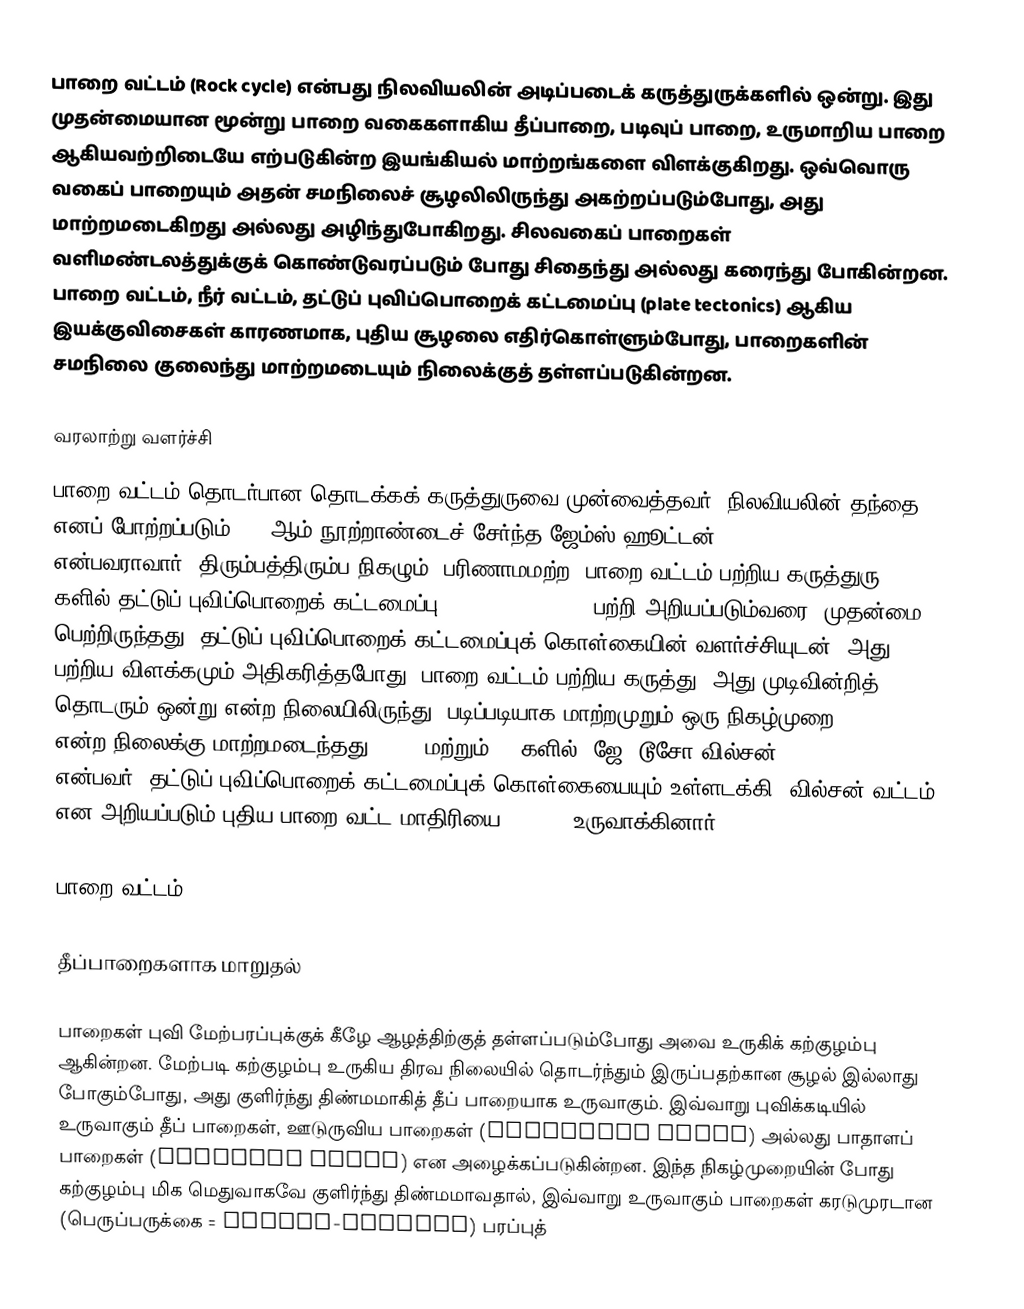
பாறை வட்டம் (Rock cycle) என்பது நிலவியலின் அடிப்படைக் கருத்துருக்களில் ஒன்று. இது முதன்மையான மூன்று பாறை வகைகளாகிய தீப்பாறை, படிவுப் பாறை, உருமாறிய பாறை ஆகியவற்றிடையே எற்படுகின்ற இயங்கியல் மாற்றங்களை விளக்குகிறது. ஒவ்வொரு வகைப் பாறையும் அதன் சமநிலைச் சூழலிலிருந்து அகற்றப்படும்போது, அது மாற்றமடைகிறது அல்லது அழிந்துபோகிறது. சிலவகைப் பாறைகள் வளிமண்டலத்துக்குக் கொண்டுவரப்படும் போது சிதைந்து அல்லது கரைந்து போகின்றன. பாறை வட்டம், நீர் வட்டம், தட்டுப் புவிப்பொறைக் கட்டமைப்பு (plate tectonics) ஆகிய இயக்குவிசைகள் காரணமாக, புதிய சூழலை எதிர்கொள்ளும்போது, பாறைகளின் சமநிலை குலைந்து மாற்றமடையும் நிலைக்குத் தள்ளப்படுகின்றன.

வரலாற்று வளர்ச்சி
பாறை வட்டம் தொடர்பான தொடக்கக் கருத்துருவை முன்வைத்தவர், நிலவியலின் தந்தை எனப் போற்றப்படும், 18 ஆம் நூற்றாண்டைச் சேர்ந்த ஜேம்ஸ் ஹூட்டன் (James Hutton) என்பவராவார். திரும்பத்திரும்ப நிகழும், பரிணாமமற்ற, பாறை வட்டம் பற்றிய கருத்துரு, 1960 களில் தட்டுப் புவிப்பொறைக் கட்டமைப்பு (plate tectonics) பற்றி அறியப்படும்வரை, முதன்மை பெற்றிருந்தது. தட்டுப் புவிப்பொறைக் கட்டமைப்புக் கொள்கையின் வளர்ச்சியுடன், அது பற்றிய விளக்கமும் அதிகரித்தபோது, பாறை வட்டம் பற்றிய கருத்து, அது முடிவின்றித் தொடரும் ஒன்று என்ற நிலையிலிருந்து, படிப்படியாக மாற்றமுறும் ஒரு நிகழ்முறை (process) என்ற நிலைக்கு மாற்றமடைந்தது. 1960 மற்றும் 70 களில், ஜே. டூசோ வில்சன் (J. Tuzo Wilson) என்பவர், தட்டுப் புவிப்பொறைக் கட்டமைப்புக் கொள்கையையும் உள்ளடக்கி, வில்சன் வட்டம் என அறியப்படும் புதிய பாறை வட்ட மாதிரியை (model) உருவாக்கினார்.

பாறை வட்டம்

தீப்பாறைகளாக மாறுதல்

பாறைகள் புவி மேற்பரப்புக்குக் கீழே ஆழத்திற்குத் தள்ளப்படும்போது அவை உருகிக் கற்குழம்பு ஆகின்றன. மேற்படி கற்குழம்பு உருகிய திரவ நிலையில் தொடர்ந்தும் இருப்பதற்கான சூழல் இல்லாது போகும்போது, அது குளிர்ந்து திண்மமாகித் தீப் பாறையாக உருவாகும். இவ்வாறு புவிக்கடியில் உருவாகும் தீப் பாறைகள், ஊடுருவிய பாறைகள் (intrusive rocks) அல்லது பாதாளப் பாறைகள் (plutonic rocks) என அழைக்கப்படுகின்றன. இந்த நிகழ்முறையின் போது கற்குழம்பு மிக மெதுவாகவே குளிர்ந்து திண்மமாவதால், இவ்வாறு உருவாகும் பாறைகள் கரடுமுரடான (பெருப்பருக்கை = coarse-grained) பரப்புத்